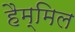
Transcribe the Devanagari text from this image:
हैम्मिल